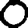
Digit: 0